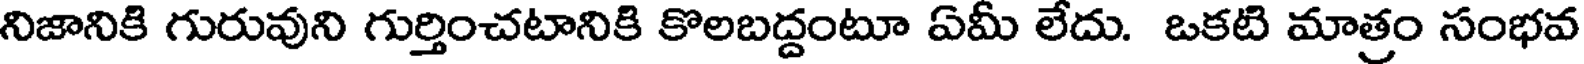
నిజానికి గురువుని గుర్తించటానికి కొలబద్దంటూ ఏమీ లేదు. ఒకటి మాత్రం సంభవ